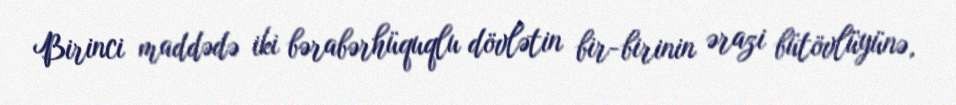
Birinci maddədə iki bərabərhüquqlu dövlətin bir-birinin ərazi bütövlüyünə,